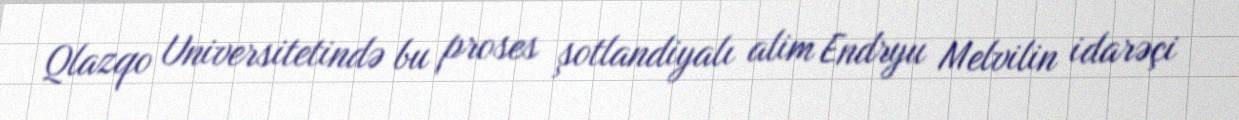
Qlazqo Universitetində bu proses şotlandiyalı alim Endryu Melvilin idarəçi